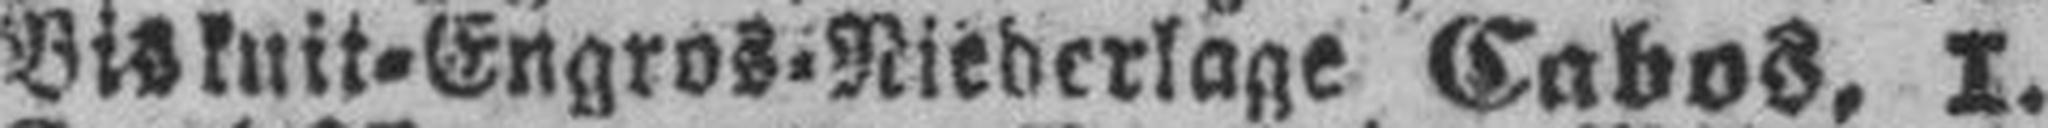
Biskuit=Engros=Niederlage Cabos, I.